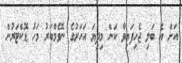
އަށް އެ ބަލި ޖެހިފައިވާ ކަން މިދިޔަ އަހަރުގެ ނޮވެމްބަރު މަހު ޑޮކްޓަރުން